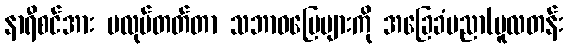
နာရီစင်အား မလုပ်တတ်တာ သဘာဝမြေများကို အခြေခံပညာ(မူလတန်း